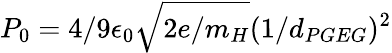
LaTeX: P_{0}=4/9\epsilon_{0}\sqrt{2e/m_{H}}(1/d_{PGEG})^{2}